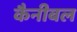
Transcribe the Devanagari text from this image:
कैनीबल